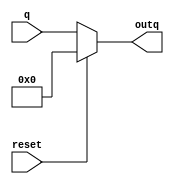
module reg4b (input reset, input [3:0] q, output reg [3:0] outq);
    initial begin
        outq = 4'b0101;
    end
    always @(*) begin
        if (reset) begin
            outq <= 0;
        end else begin
            outq <= q;
        end
    end
endmodule

module add4b (input clk, input reset, input [3:0] q, output reg [3:0] outq);
    always @(posedge clk or posedge reset) begin
        if (reset) begin
            outq <= 0;
        end else begin
            outq <= q + 1;
        end
    end
endmodule

module top_module (
    input clk,
    input reset,      // 0
    output reg [3:0] q);
    
    wire [3:0] regq, outq;

    reg4b reg4b_inst(reset, outq, regq);
    add4b add4b_inst(clk, reset, regq, outq);

    always @(*) begin
        if (reset) begin
            q <= 0;
        end else begin
            q <= outq;
        end
    end

endmodule

//